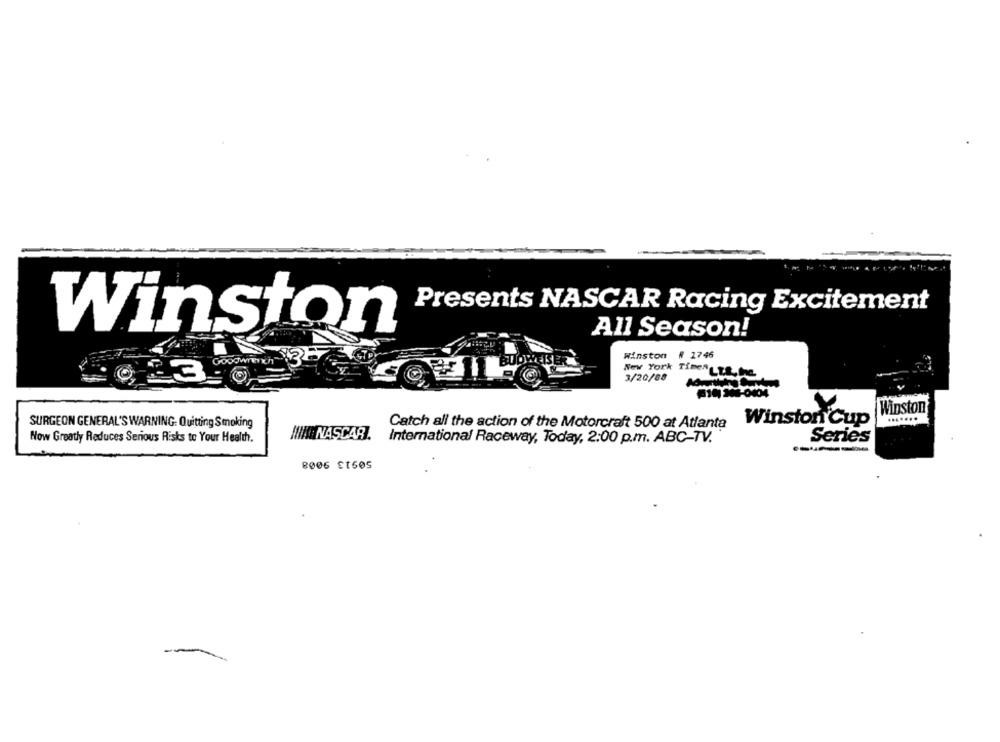
Presents NASCAR Racing Excitement
All Season!
Winston
Winston # 1746
New York Times-ta.ha
3/20/88
F14 106-0404
Winston
SURGEON GENERAL'S WARNING: Quitting Smoking
Catch all the action of the Motorcraft 500 at Atlanta
Winston Cup
.......
Now Greatly Reduces Serious Risks to Your Health.
International Raceway, Today, 2:00 p.m. ABC-TV.
Series
8006 Et505